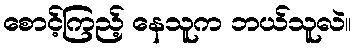
စောင့်ကြည့် နေသူက ဘယ်သူလဲ။